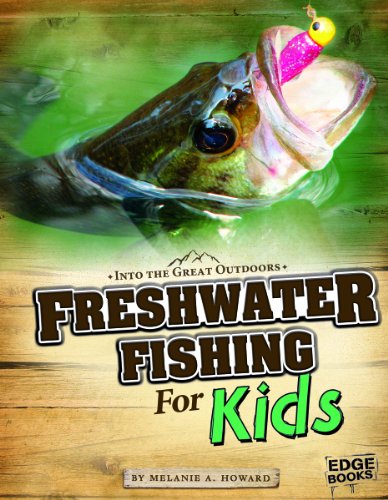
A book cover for Freshwater Fishing for Kids (Into the Great Outdoors); Melanie A. Howard; Children's Books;